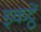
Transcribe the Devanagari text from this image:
इकट्ठें